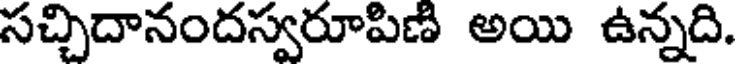
సచ్చిదానందస్వరూపిణి అయి ఉన్నది.